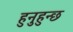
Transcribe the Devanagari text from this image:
हुनुहुन्छ